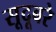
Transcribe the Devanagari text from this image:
सूदूबरे